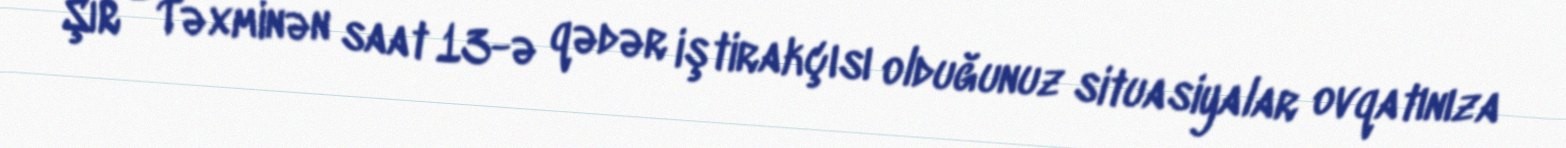
ŞİR - Təxminən saat 13-ə qədər iştirakçısı olduğunuz situasiyalar ovqatınıza